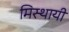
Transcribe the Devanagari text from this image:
मिस्थायी